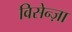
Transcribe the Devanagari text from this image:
विसेन्ज़ा